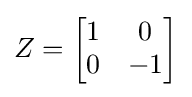
Z={\begin{bmatrix}1&0\\0&-1\end{bmatrix}}